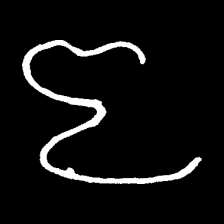
Pyu character \u2014 Myanmar letter: ဇ (romanized: ja)